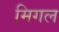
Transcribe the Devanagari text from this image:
मिगल